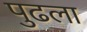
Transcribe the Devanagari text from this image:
पुढला